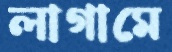
লাগামে